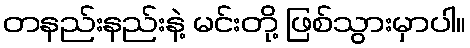
တနည်းနည်းနဲ့ မင်းတို့ ဖြစ်သွားမှာပါ။